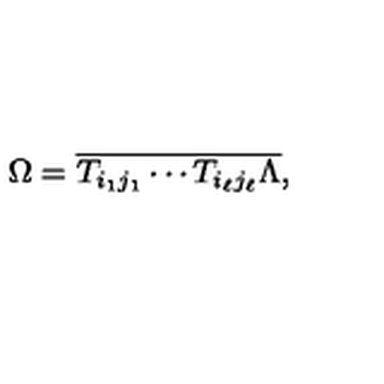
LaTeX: \Omega = \overline { { T _ { i _ { 1 } j _ { 1 } } \cdots T _ { i _ { \ell } j _ { \ell } } \Lambda } } ,